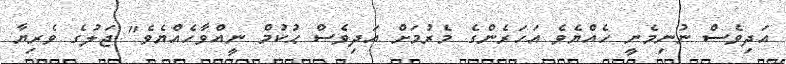
އަދިވެސް ނުނިމެނީ ހެއްޔެވެ އަހަރެންގެ މެރުމަށް އަދިވެސް ޙުކުމް ނީއްވާހެއްޔެވެ" ޖަލުގެ ވެރިޔާ